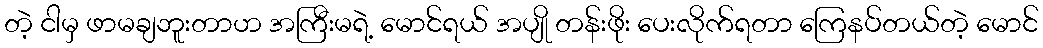
တဲ့ ငါမှ ဖာမချဘူးတာဟ အကြီးမရဲ့ မောင်ရယ် အပျို တန်းဖိုး ပေးလိုက်ရတာ ကြေနပ်တယ်တဲ့ မောင်